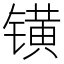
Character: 𨱑